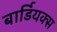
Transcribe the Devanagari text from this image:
बार्डियक्स